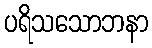
ပရိသသောဘနာ